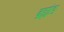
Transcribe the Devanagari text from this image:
ब्रह्मांङ